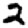
Digit: 2